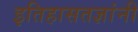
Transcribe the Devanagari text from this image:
इतिहासतज्ञांनी